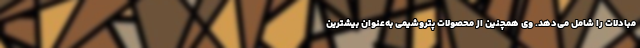
مبادلات را شامل می‌دهد. وی همچنین از محصولات پتروشیمی به‌عنوان بیشترین